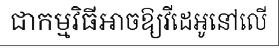
ជាកម្មវិធីអាចឱ្យវីដេអូនៅលើ